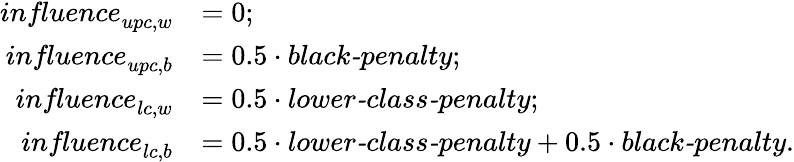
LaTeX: \begin{array}{rl}{\textit{influence}_{upc,w}}&{=0;}\\ {\textit{influence}_{upc,b}}&{=0.5\cdot\textit{black-penalty};}\\ {\textit{influence}_{lc,w}}&{=0.5\cdot\textit{lower-class-penalty};}\\ {\textit{influence}_{lc,b}}&{=0.5\cdot\textit{lower-class-penalty}+0.5\cdot\textit{black-penalty}.}\end{array}